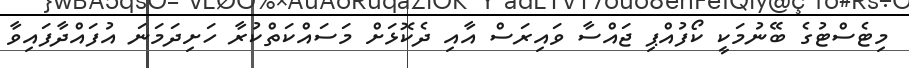
މިޓެސްޓުގެ ބޭނުމަކީ ކޯފުއްޕި ޖައްސާ ވައިރަސް އާއި ދެކޮޅަށް މަސައްކަތްކުރާ ހަށިދަމަނަ އުފައްދާފައިވާ